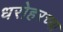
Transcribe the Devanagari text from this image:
धरोहरच्या